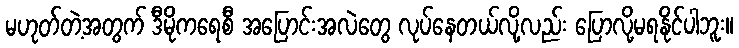
မဟုတ်တဲ့အတွက် ဒီမိုကရေစီ အပြောင်းအလဲတွေ လုပ်နေတယ်လို့လည်း ပြောလို့မရနိုင်ပါဘူး။